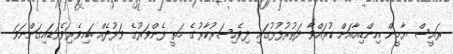
ރައީސް ޔާމީން އިންޑިއާއަށް ކުރައްވާ ދަތުރުފުޅުގައި ދިވެހިސަރުކާރުގެ މަތީ ފެންވަރުގެ ވަފުދެއް ބައިވެރިވެވަޑައިގަންނަވަ